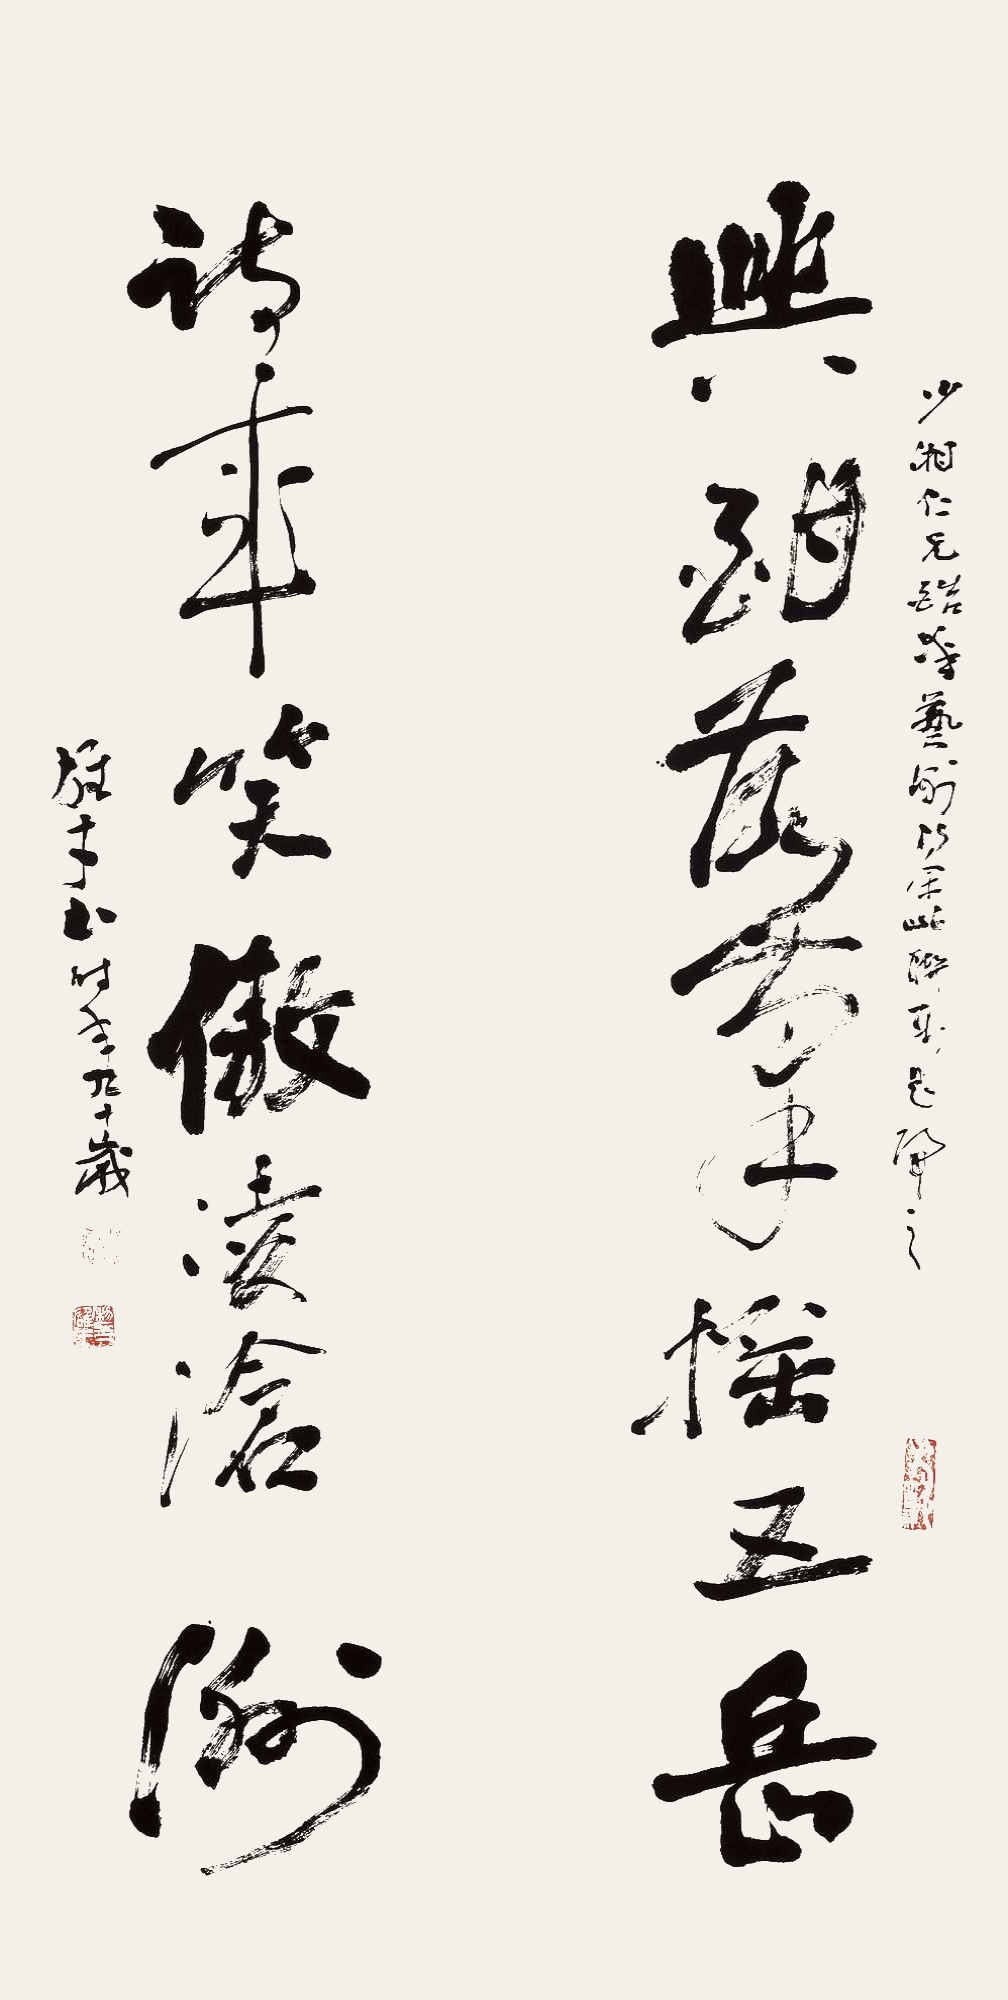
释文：兴酣落笔摇五岳，诗成笑傲凌沧海。少湘仁兄酷爱艺术得余此联属题归之。雄才书时年九十岁。